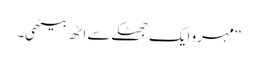
‘‘ مہرو ایک جھٹکے سے اٹھ بیٹھی۔